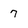
Character: 7